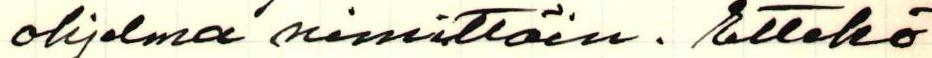
ohjelma nimittäin. Ettekö